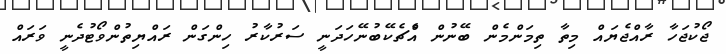
ޖޯކުޖަހާ ރާއްޖެޔައް މިތާ ތިމަންމެން ބޭނުން އެްޗެކޭބުނޭހަދަނީ ސަރުކާރު ހިންގަން ރައްޔިތުންވޯޓުދެނީ ވަރައް